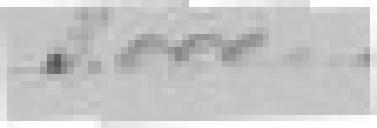
3.000